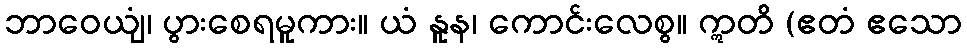
ဘာဝေယျံ၊ ပွားစေရမူကား။ ယံ နူန၊ ကောင်းလေစွ။ ဣတိ (ဧတံ ဧသော